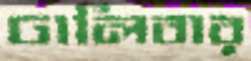
ঢালিবার